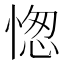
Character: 愡